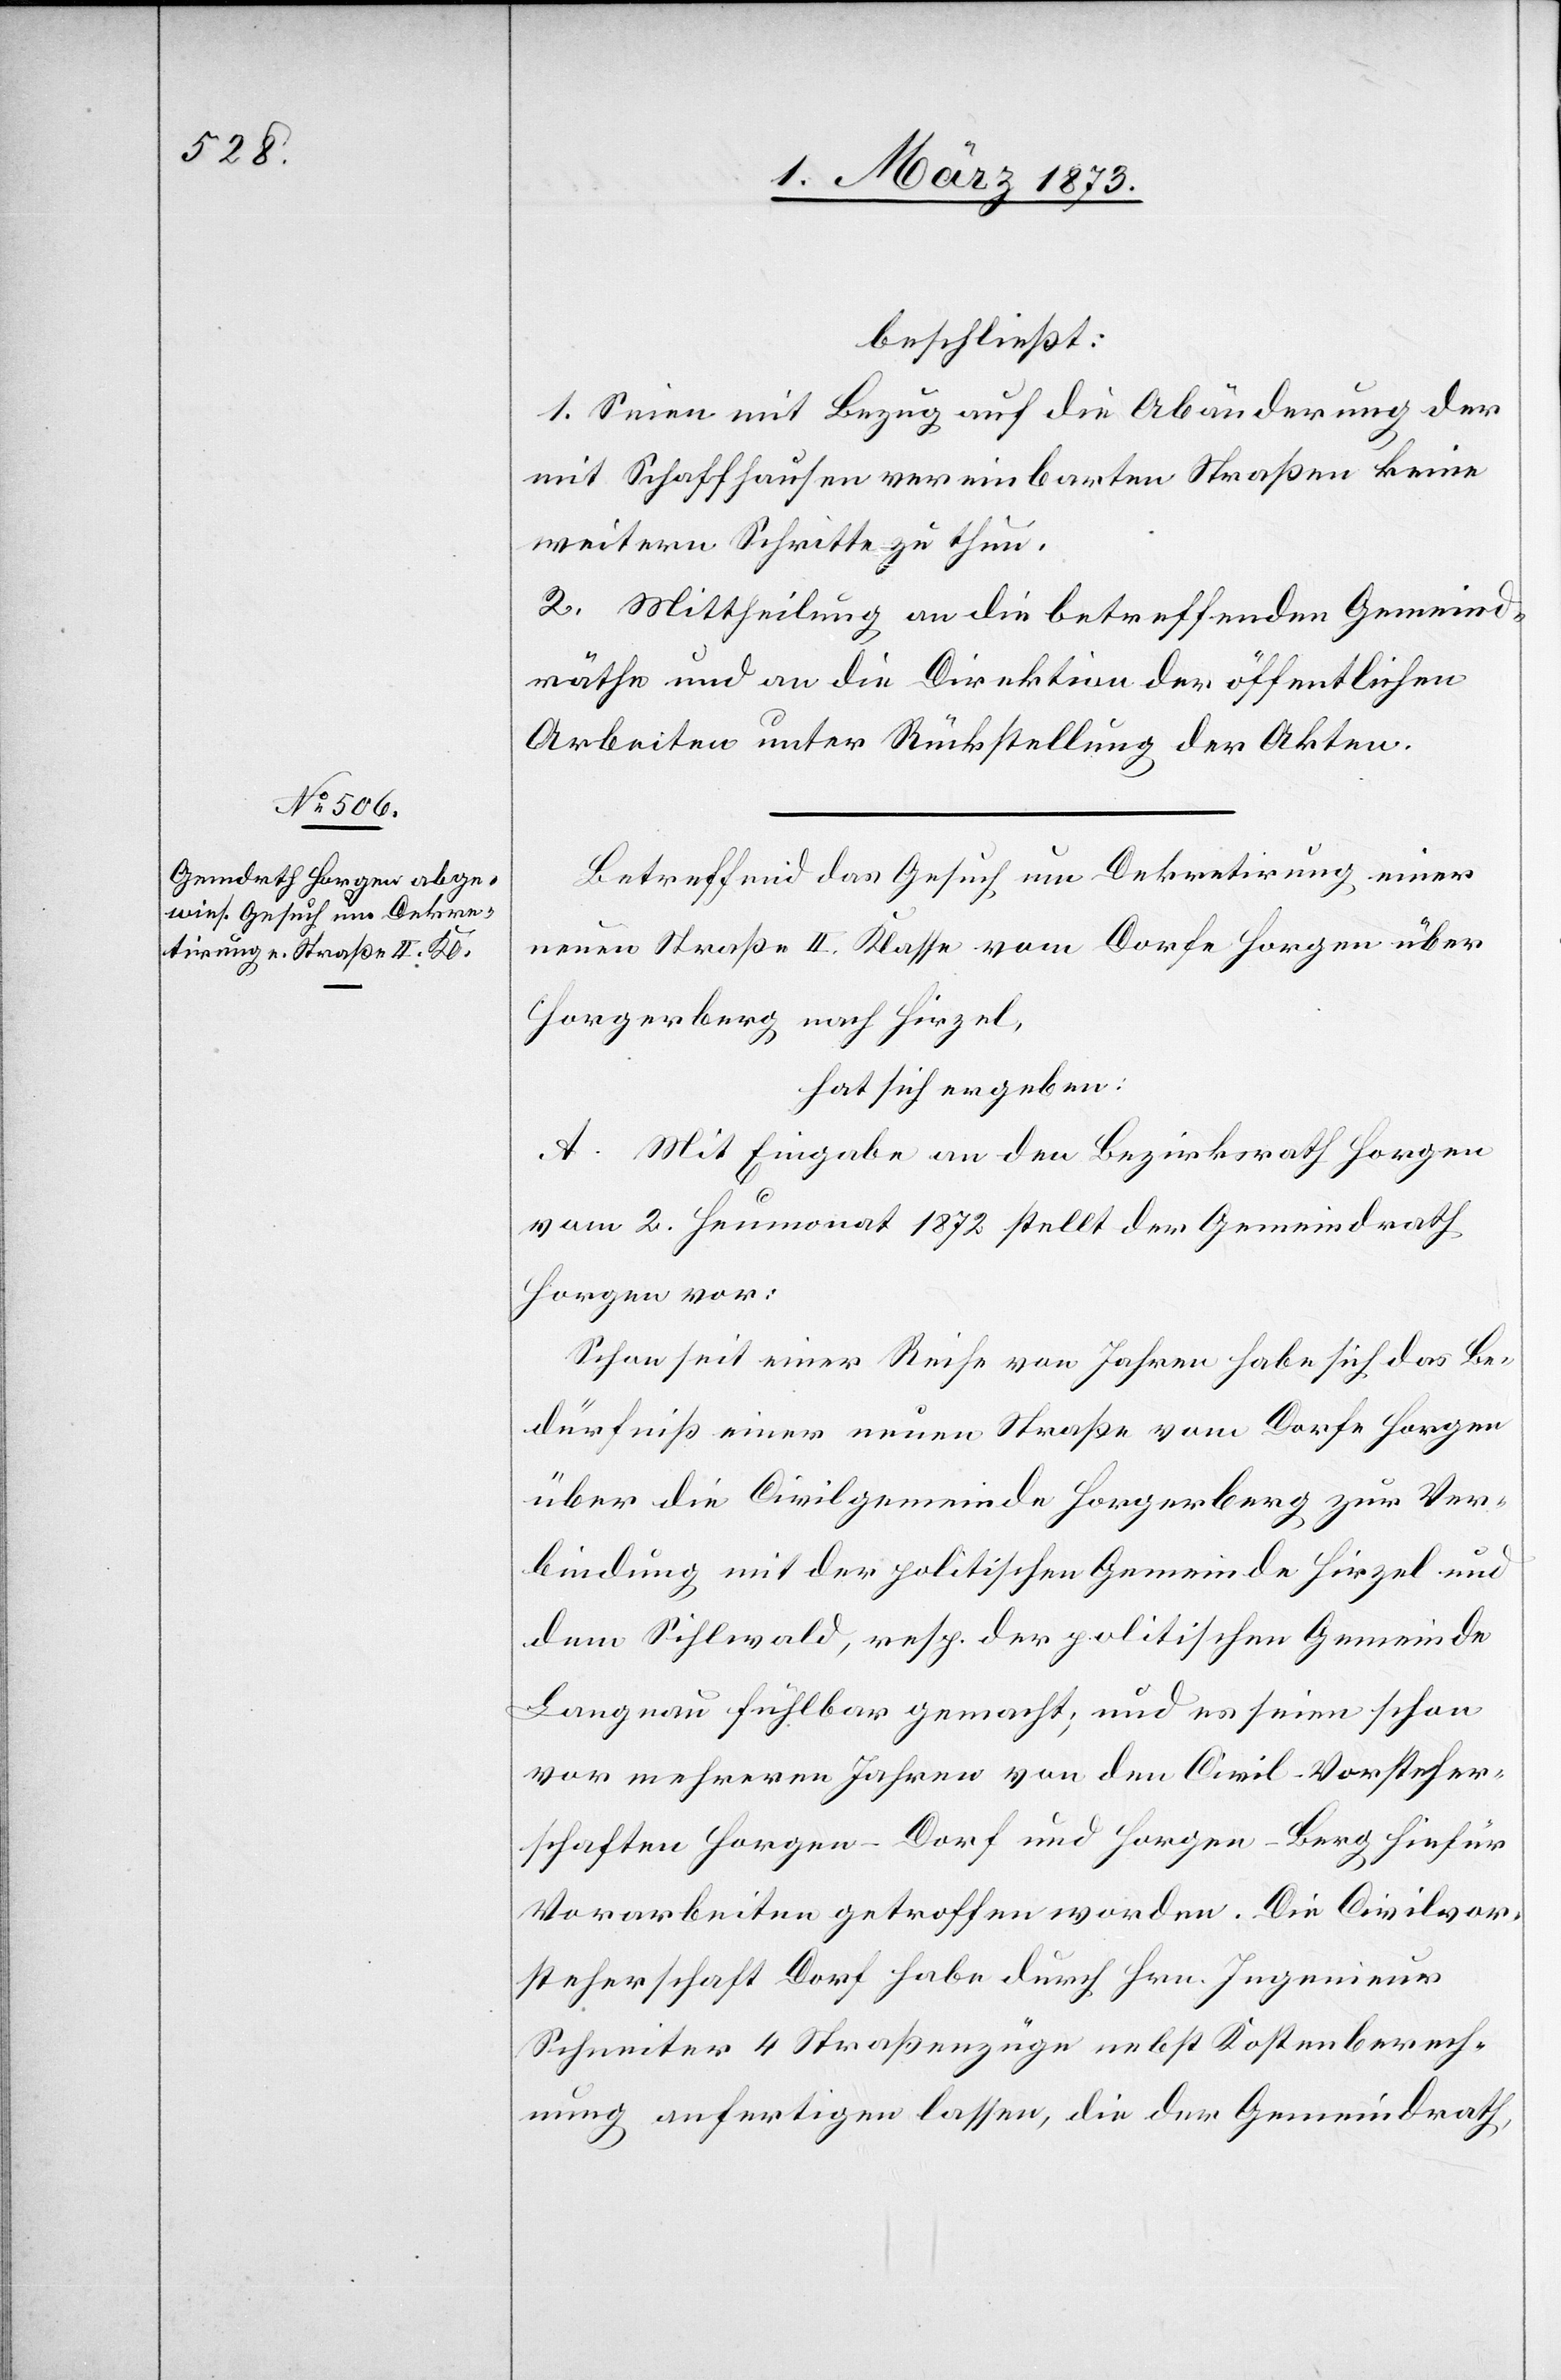
beschließt:
1. Seien mit Bezug auf die Abänderung der
mit Schaffhausen vereinbarten Straßen keine
weitern Schritte zu thun.
2. Mittheilung an die betreffenden Gemeind¬
räthe und an die Direktion der öffentlichen
Arbeiten unter Rückstellung der Akten.
Betreffend das Gesuch um Dekretirung einer
neuen Straße II. Klasse vom Dorfe Horgen über
Horgerberg nach Hirzel,
hat sich ergeben:
A. Mit Eingabe an den Bezirksrath Horgen
vom 2. Heumonat 1872 stellt der Gemeindrath
Horgen vor:
Schon seit einer Reihe von Jahren habe sich das Be¬
dürfniß einer neuen Straße vom Dorfe Horgen
über die Civilgemeinde Horgerberg zur Ver¬
bindung mit der politischen Gemeinde Hirzel und
dem Sihlwald, resp. der politischen Gemeinde
Langnau fühlbar gemacht; und es seien schon
vor mehreren Jahren von den Civil-Vorsteher¬
schaften Horgen-Dorf und Horgen-Berg hiefür
Vorarbeiten getroffen worden. Die Civilvor¬
steherschaft Dorf habe durch Hrn. Ingenieur
Schneiter 4 Straßenzüge nebst Kostenberech¬
nung anfertigen lassen, die der Gemeindrath,